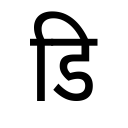
OCR:
डि